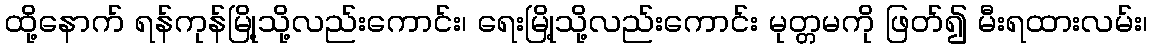
ထို့နောက် ရန်ကုန်မြို့သို့လည်းကောင်း၊ ရေးမြို့သို့လည်းကောင်း မုတ္တမကို ဖြတ်၍ မီးရထားလမ်း၊